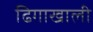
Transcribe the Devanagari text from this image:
ढिगाखाली